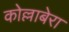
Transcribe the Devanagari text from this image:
कोल्लाबेरा